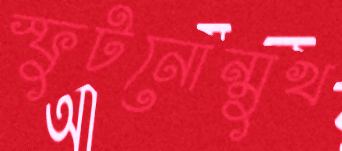
স্ফুটনোন্মুখ